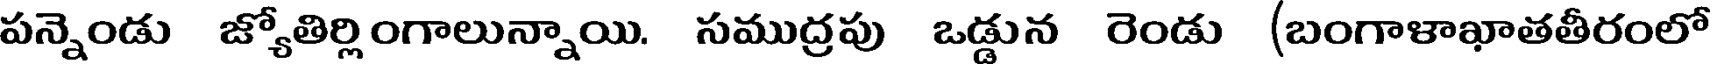
పన్నెండు జ్యోతిర్లింగాలున్నాయి. సముద్రపు ఒడ్డున రెండు (బంగాళాఖాతతీరంలో